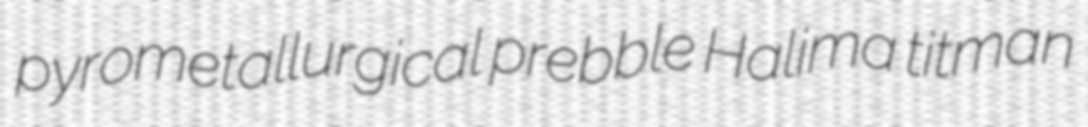
pyrometallurgical prebble Halima titman